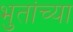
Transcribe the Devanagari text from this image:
भुतांच्या